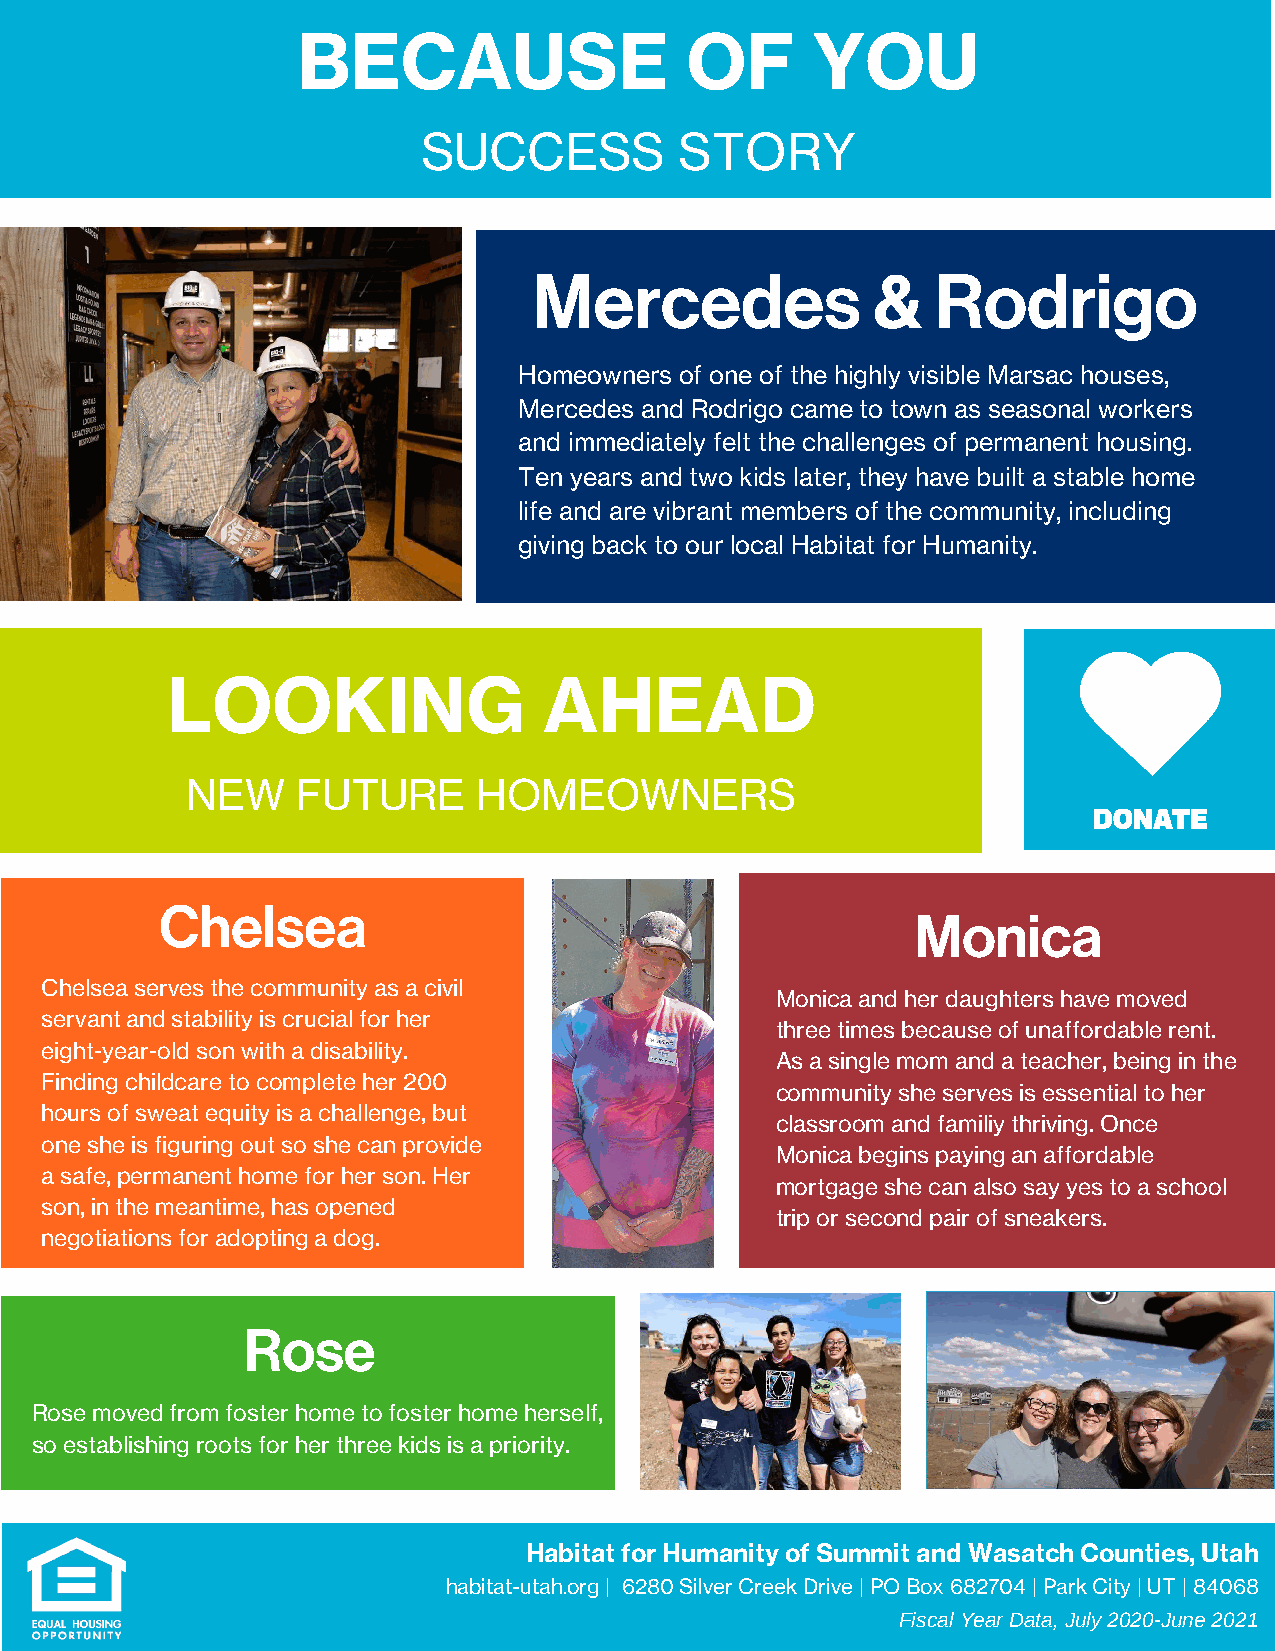
BECAUSE                  OF       YOU
 SUCCESS          STORY
 Mercedes               &   Rodrigo
 Homeowners of one of the highly visible Marsac houses,
 Mercedes and Rodrigo came to town as seasonal workers
 and immediately felt the challenges of permanent housing.
 Ten years and two kids later, they have built a stable home
 life and are vibrant members of the community, including
 giving back to our local Habitat for Humanity.
 LOOKING                  AHEAD
 NEW     FUTURE      HOMEOWNERS
 CChheellsseeaa
 Monica
 CChheellsseeaa sseerrvveess tthhee ccoommmmuunniittyy aass aa cciivviill
 Monica and her daughters have moved
 sseerrvvaanntt aanndd ssttaabbiilliittyy iiss ccrruucciiaall ffoorr hheerr
 three times because of unaffordable rent.
 eeiigghhtt--yyeeaarr--oolldd ssoonn wwiitthh aa ddiissaabbiilliittyy..
 As a single mom and a teacher, being in the
 FFiinnddiinngg cchhiillddccaarree ttoo ccoommpplleettee hheerr 220000
 community she serves is essential to her
 hhoouurrss ooff sswweeaatt eeqquuiittyy iiss aa cchhaalllleennggee,, bbuutt
 classroom and familiy thriving. Once
 oonnee sshhee iiss ffiigguurriinngg oouutt ssoo sshhee ccaann pprroovviiddee
 Monica begins paying an affordable
 aa ssaaffee,, ppeerrmmaanneenntt hhoommee ffoorr hheerr ssoonn.. HHeerr
 mortgage she can also say yes to a school
 ssoonn,, iinn tthhee mmeeaannttiimmee,, hhaass ooppeenneedd
 trip or second pair of sneakers.
 nneeggoottiiaattiioonnss ffoorr aaddooppttiinngg aa ddoogg..
 Rose
 Rose moved from foster home to foster home herself,
 so establishing roots for her three kids is a priority.
 Habitat for Humanity of Summit and Wasatch Counties, Utah
 habitat-utah.org | 6280 Silver Creek Drive | PO Box 682704 | Park City | UT | 84068
 Fiscal Year Data, July 2020-June 2021